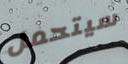
سيتحمل